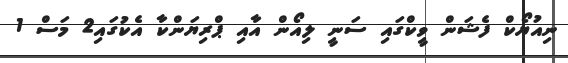
ނިއުޔޯކް ފެޝަން ވީކްގައި ސަނީ ލިއޯން އާއި ޕްރިޔަންކާ އެކުގައި2 މަސް 1